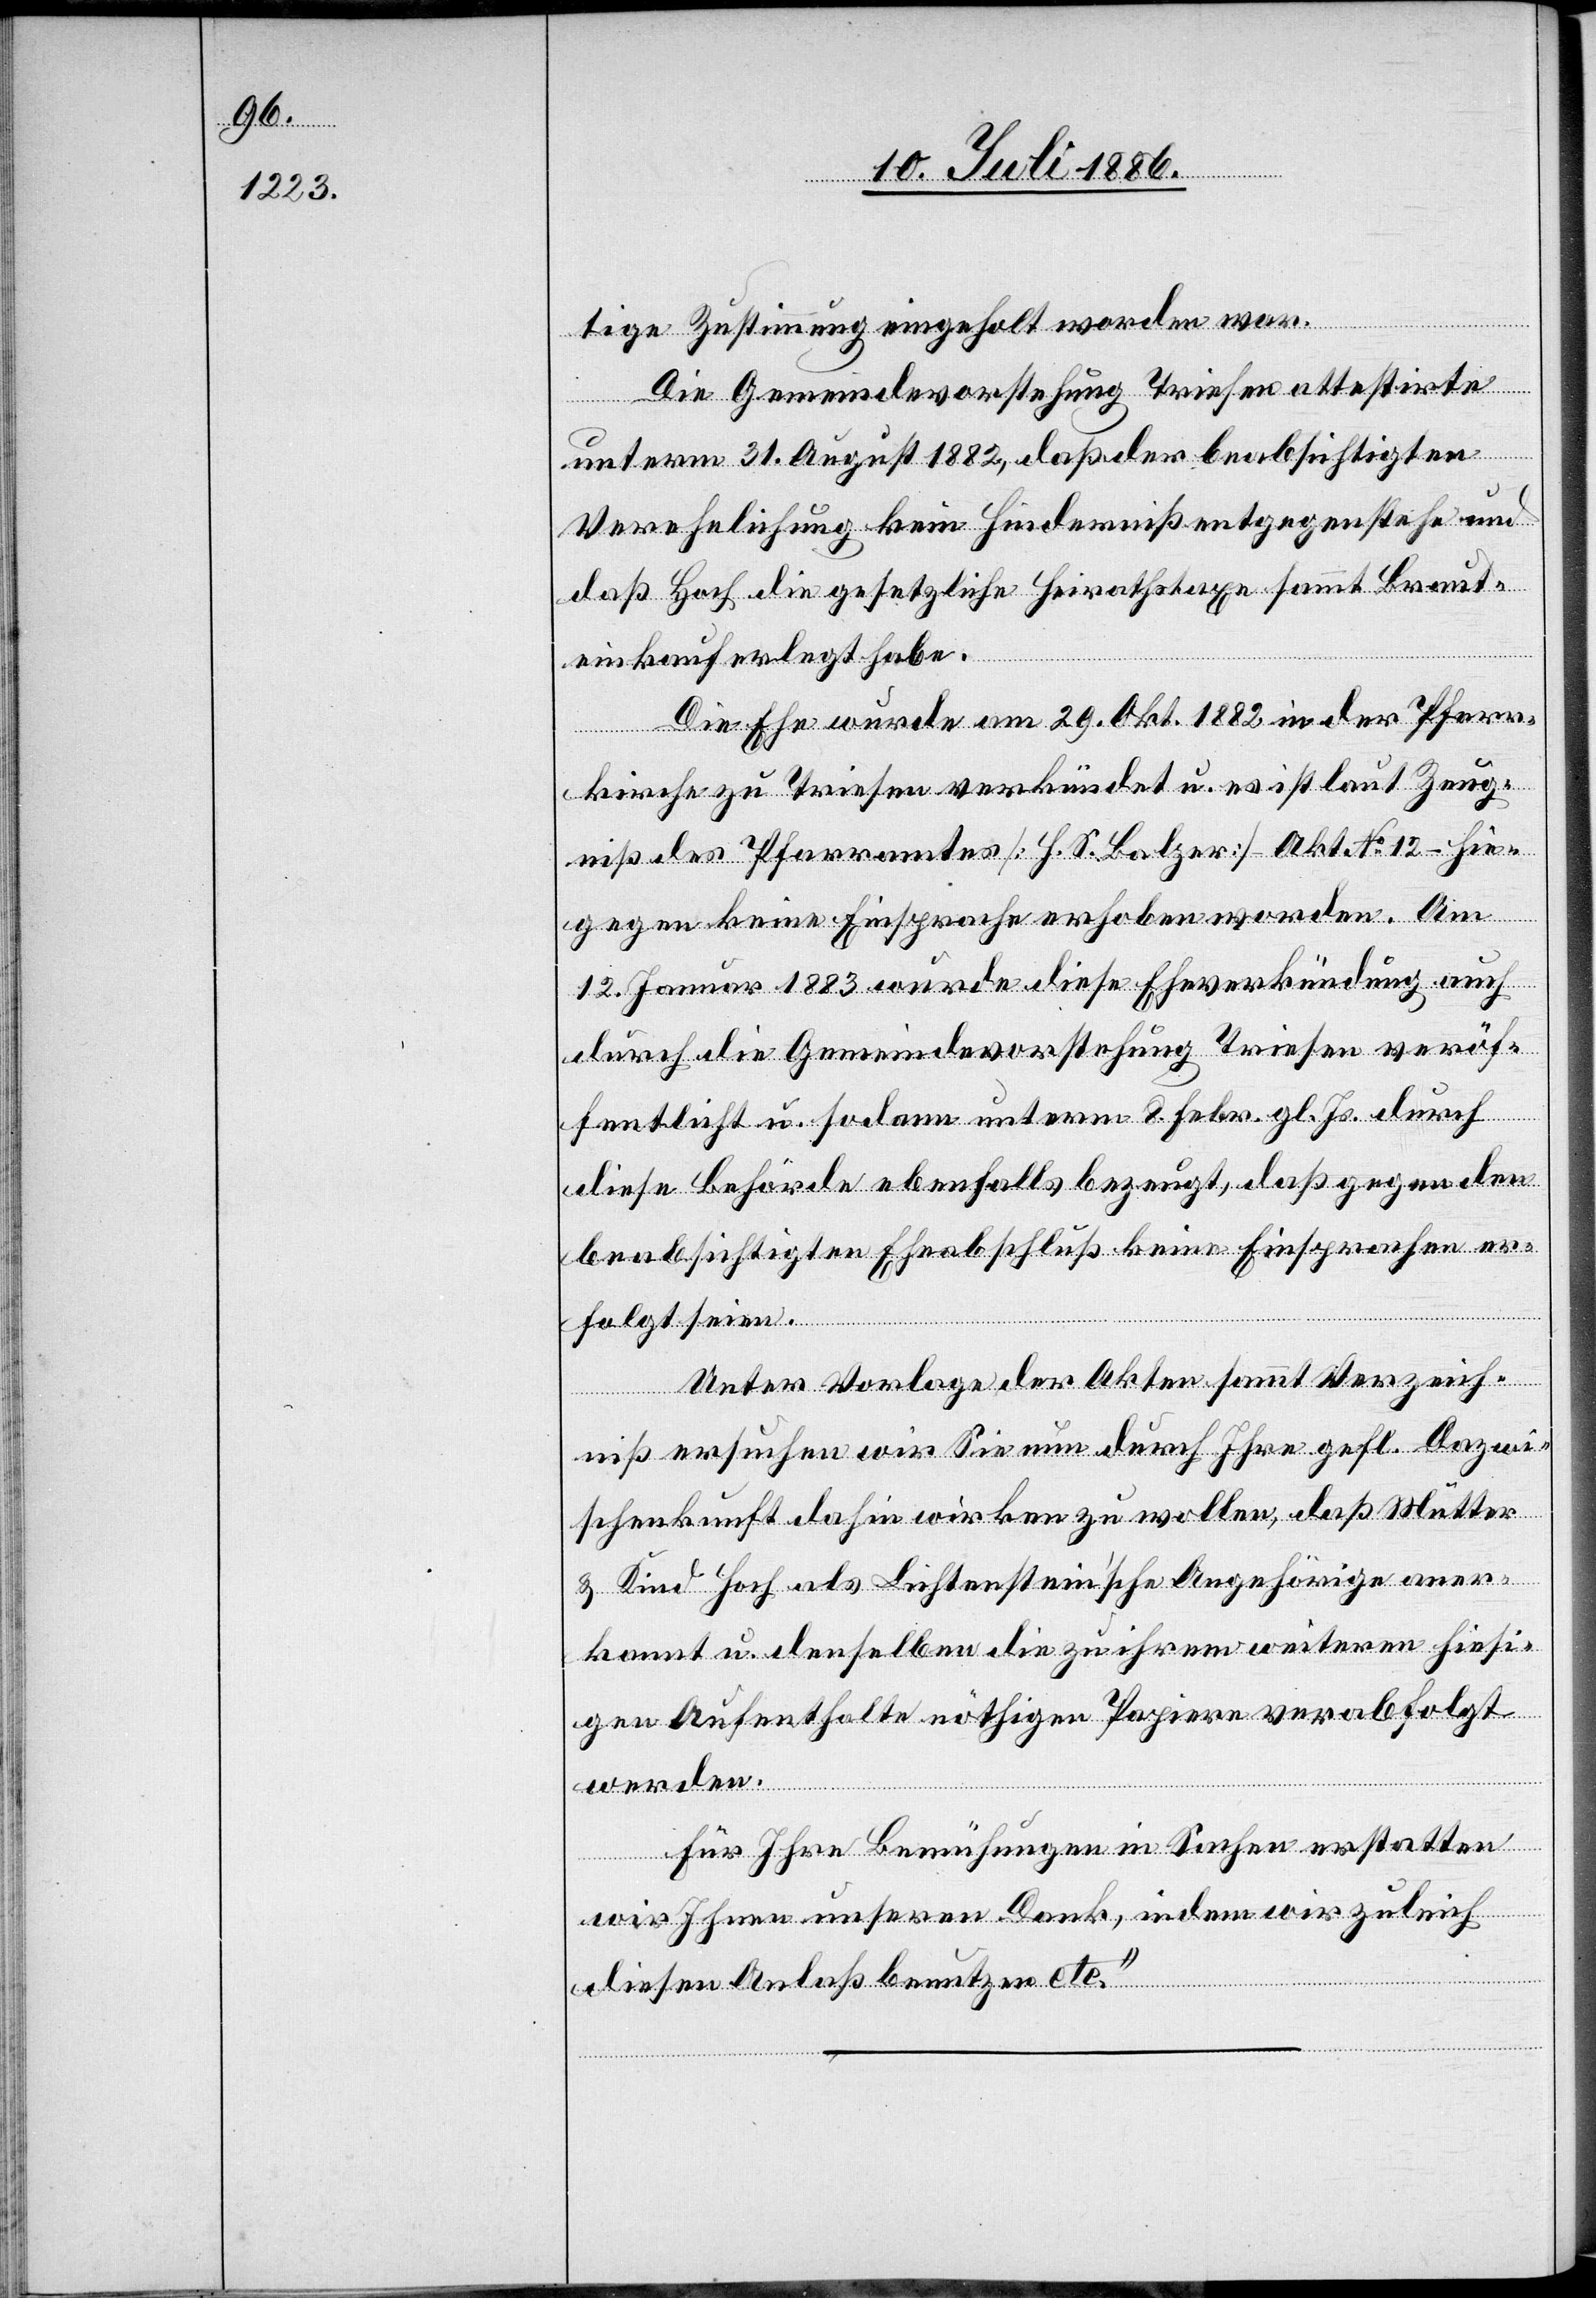
tige Zustimmung eingeholt worden war.
Die Gemeindevorstehung Triesen attestirte
unterm 31. August 1882, daß der beabsichtigten
Verehelichung kein Hinderniß entgegenstehe und
daß Hoch die gesetzliche Heiratstaxe sammt Braut¬
einkauf erlegt habe.
Die Ehe wurde am 29. Okt. 1882 in der Pfarr¬
kirche zu Triesen verkündet u. es ist laut Zeug¬
niß des Pfarramtes [H. S. Balzer] Akt. No 12 – hie¬
gegen keine Einsprache erhoben worden. Am
12. Januar 1883 wurde diese Eheverkündung auch
durch die Gemeindevorstehung Triesen veröf¬
fentlicht u. sodann unterm 8. Febr. gl. Js. durch
diese Behörde ebenfalls bezeugt, daß gegen den
beabsichtigen Eheabschluß keine Einsprachen er¬
folgt seien.
Unter Vorlage der Akten sammt Verzeich¬
niß ersuchen wir Sie nun durch Ihre gefl. Dazwi¬
schenkunft dahin wirken zu wollen, daß Mutter
& Kind Hoch als Lichtenstein’sche Angehörige aner¬
kannt u. denselben die zu ihrem weitern hiesi¬
gen Aufenthalte nöthigen Papiere verabfolgt
werden.
Für Ihre Bemühungen in Sachen erstatten
wir Ihnen unseren Dank, indem wir zu[g]leich
diesen Anlaß benutzen etc.“